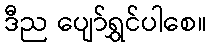
ဒီည ပျော်ရွှင်ပါစေ။